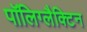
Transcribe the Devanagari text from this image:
पॉलिग्लैक्टिन